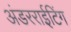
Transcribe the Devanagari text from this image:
अंडरराईटिंग